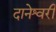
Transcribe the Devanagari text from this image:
दानेश्वरी